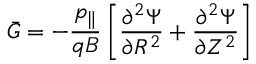
\bar { G } = - \frac { p _ { \| } } { q B } \left[ \frac { \partial ^ { 2 } \Psi } { \partial R ^ { 2 } } + \frac { \partial ^ { 2 } \Psi } { \partial Z ^ { 2 } } \right]